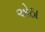
એઠા